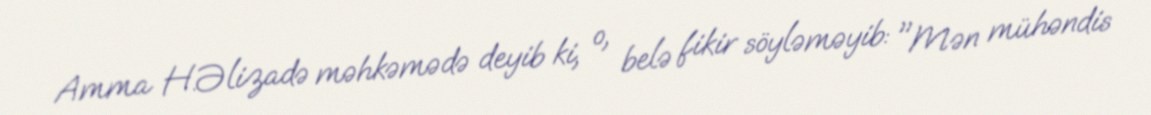
Amma H.Əlizadə məhkəmədə deyib ki, o, belə fikir söyləməyib: "Mən mühəndis